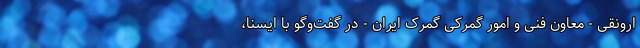
ارونقی - معاون فنی و امور گمرکی گمرک ایران - در گفت‌وگو با ایسنا،